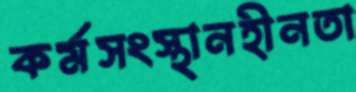
কর্মসংস্থানহীনতা